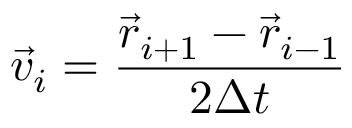
\vec { v } _ { i } = \frac { \vec { r } _ { i + 1 } - \vec { r } _ { i - 1 } } { 2 \Delta t }